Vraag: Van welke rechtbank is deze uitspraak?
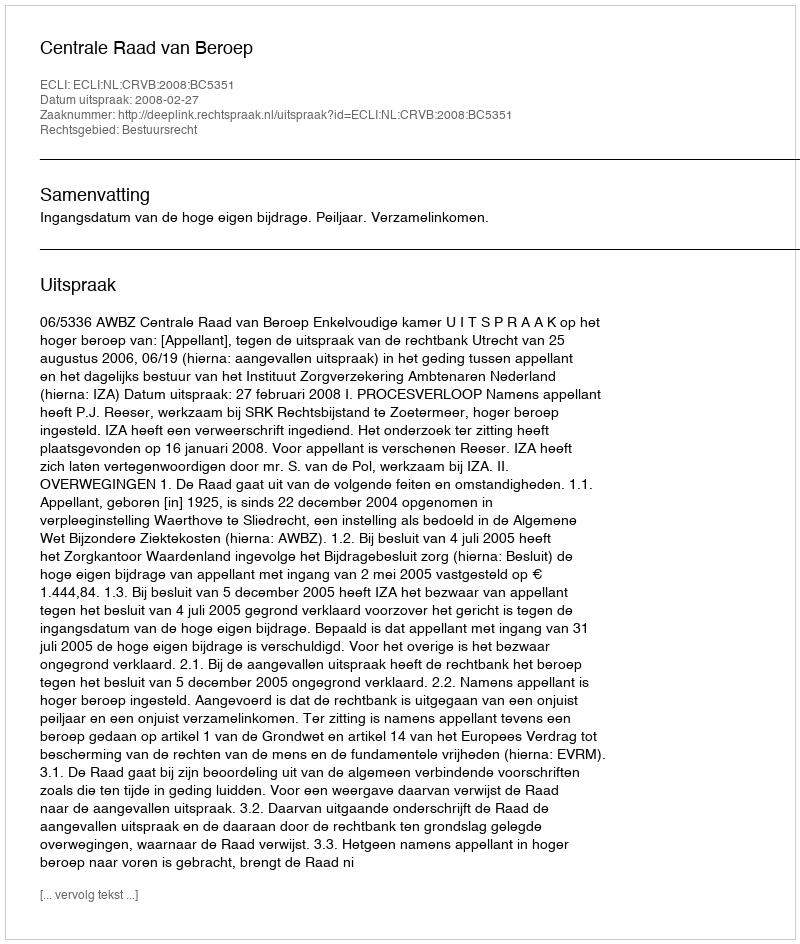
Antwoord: Centrale Raad van Beroep